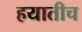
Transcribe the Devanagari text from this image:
हयातीच